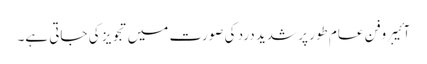
آئیبروفن عام طور پر شدید درد کی صورت میں تجویز کی جاتی ہے۔